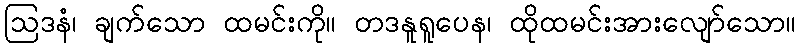
ဩဒနံ၊ ချက်သော ထမင်းကို။ တဒနူရူပေန၊ ထိုထမင်းအားလျော်သော။